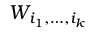
W _ { i _ { 1 } , \dots , i _ { k } }